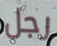
رجل